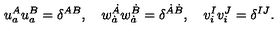
u _ { a } ^ { A } u _ { a } ^ { B } = \delta ^ { A B } , \quad w _ { \dot { a } } ^ { \dot { A } } w _ { \dot { a } } ^ { \dot { B } } = \delta ^ { \dot { A } \dot { B } } , \quad v _ { i } ^ { I } v _ { i } ^ { J } = \delta ^ { I J } .